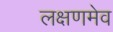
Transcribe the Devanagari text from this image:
लक्षणमेव